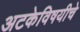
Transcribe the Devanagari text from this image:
अटकेविषयीचे